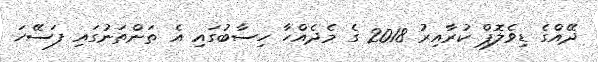
ދޭއްގެ ޑިވެލޮޕް ކުރާއިރު 2018 ގެ މެދެއްހާ ހިސާބުގައި އެ ތަންތަނުގައި ފަސޭހަ